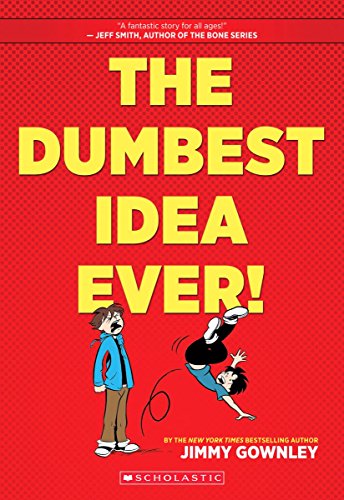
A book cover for The Dumbest Idea Ever!; Jimmy Gownley; Children's Books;